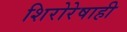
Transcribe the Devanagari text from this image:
शिरोरेषाही